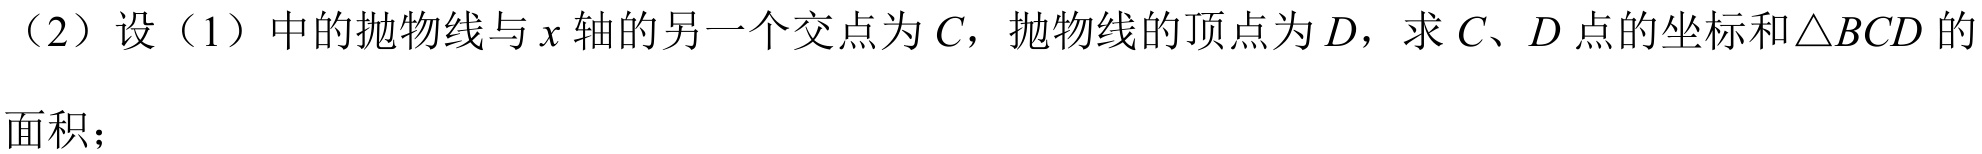
（2）设（1）中的抛物线与\(x\)轴的另一个交点为\(C\)，抛物线的顶点为\(D\)，求\(C\)、\(D\)点的坐标和\(\triangle BCD\)的面积；